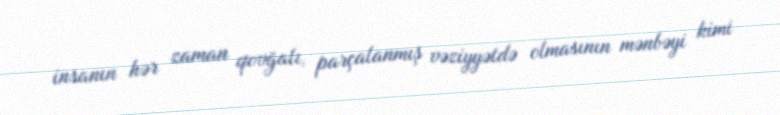
insanın hər zaman qovğalı, parçalanmış vəziyyətdə olmasının mənbəyi kimi